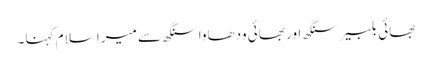
بھائی بلبیر سنگھ اور بھائی ودھاوا سنگھ سے میرا سلام کہنا۔